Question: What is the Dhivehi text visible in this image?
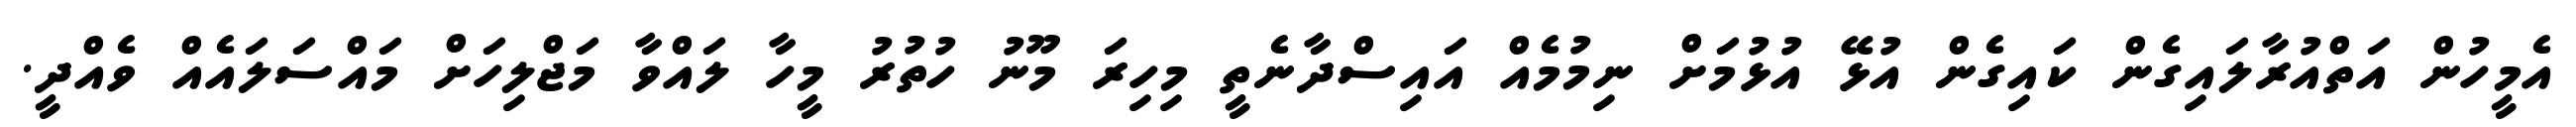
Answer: އެމީހުން އަތްއުރާލައިގެން ކައިގެން އުޅޭ އުޅުމަށް ނިމުމެއް އައިސްދާނެތީ މިހިރަ މޫނު ހުތުރު މީހާ ލައްވާ މަޖްލިހަށް މައްސަލައެއް ވެއްދީ.